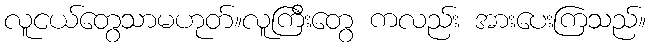
လူငယ်တွေသာမဟုတ်။လူကြီးတွေ ကလည်း အားပေးကြသည်။